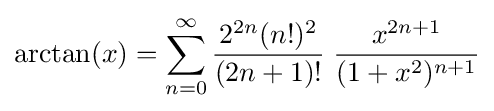
\arctan(x)=\sum _{n=0}^{\infty }{\frac {2^{2n}(n!)^{2}}{(2n+1)!}}\;{\frac {x^{2n+1}}{(1+x^{2})^{n+1}}}